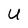
Character: U